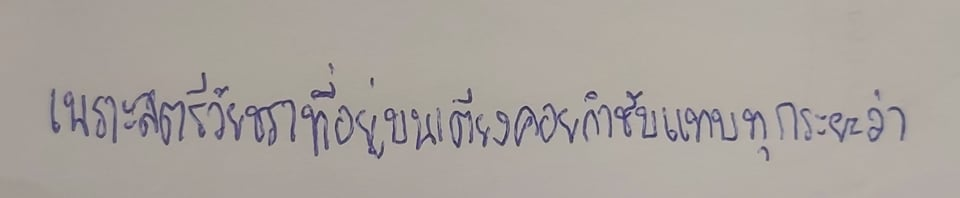
เพราะสตรีวัยชราที่อยู่บนเตียงคอยกำชับแทบทุกระยะว่า